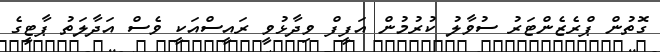
ގޮތުން ޕްރެޒެންޓަރު ސުވާލު ކުރުމުން އަފީފް ވިދާޅުވީ ރައީސްއަކީ ވެސް އަދާލަތު ޕާޓީގެ